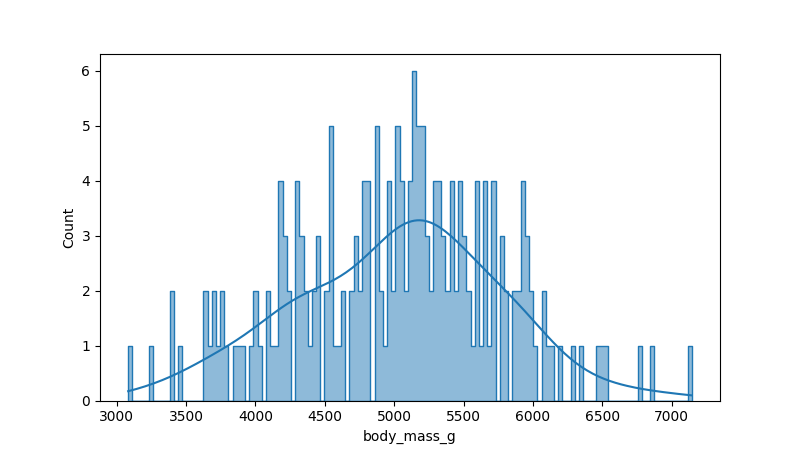
python, seaborn, histplot, hue='all', binwidth=30, bins='20', element='step'